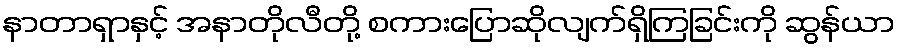
နာတာရှာနှင့် အနာတိုလီတို့ စကားပြောဆိုလျက်ရှိကြခြင်းကို ဆွန်ယာ